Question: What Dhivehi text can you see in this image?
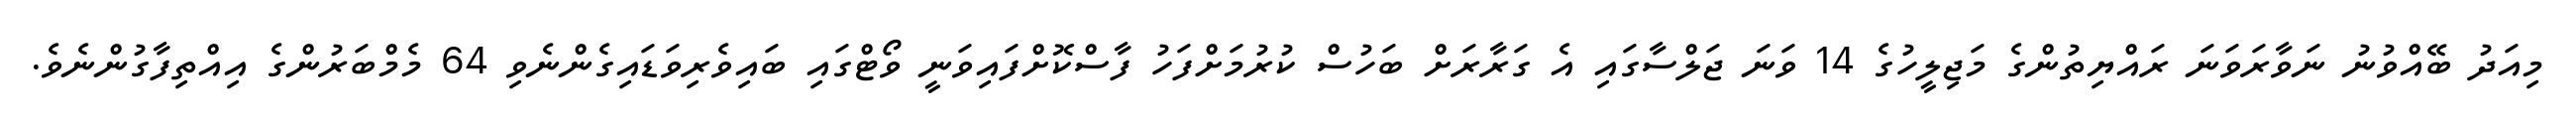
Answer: މިއަދު ބޭއްވުނު ނަވާރަވަނަ ރައްޔިތުންގެ މަޖިލީހުގެ 14 ވަނަ ޖަލްސާގައި އެ ގަރާރަށް ބަހުސް ކުރުމަށްފަހު ފާސްކޮށްފައިވަނީ ވޯޓްގައި ބައިވެރިވަޑައިގެންނެވި 64 މެމްބަރުންގެ އިއްތިފާގުންނެވެ.